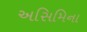
અસિમિના